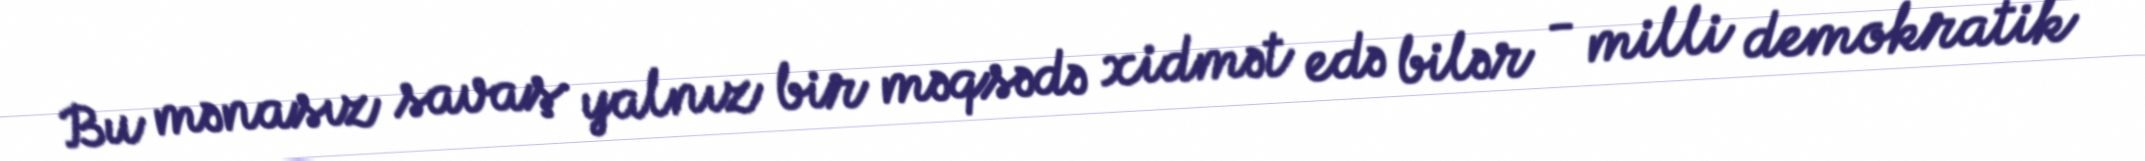
Bu mənasız savaş yalnız bir məqsədə xidmət edə bilər - milli demokratik